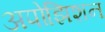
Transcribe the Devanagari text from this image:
अपोझिशन